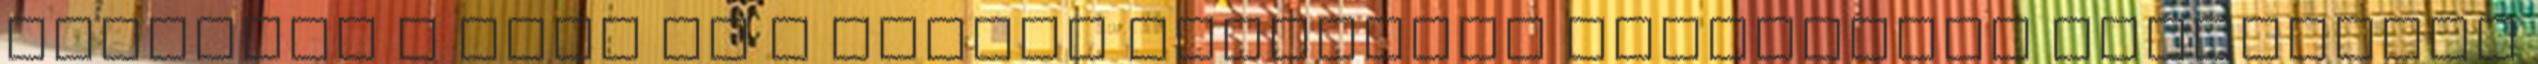
folyamán a cseh és a magyar inflációs folyamatok jelentősen